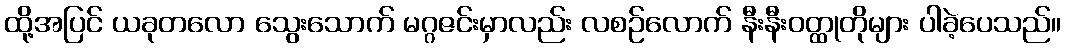
ထို့အပြင် ယခုတလော သွေးသောက် မဂ္ဂဇင်းမှာလည်း လစဉ်လောက် နီးနီးဝတ္ထုတိုများ ပါခဲ့ပေသည်။